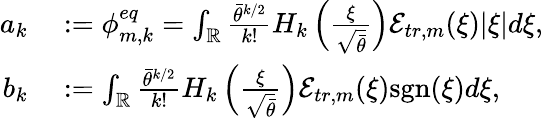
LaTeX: \begin{array}{rl}{a_{k}}&{{}:=\phi_{m,k}^{eq}=\int_{\mathbb{R}}\frac{\bar{\theta}^{k/2}}{k!}H_{k}\left(\frac{\xi}{\sqrt{\bar{\theta}}}\right)\mathcal{E}_{tr,m}(\xi)|\xi|d\xi,}\\ {b_{k}}&{{}:=\int_{\mathbb{R}}\frac{\bar{\theta}^{k/2}}{k!}H_{k}\left(\frac{\xi}{\sqrt{\bar{\theta}}}\right)\mathcal{E}_{tr,m}(\xi)\mathrm{sgn}(\xi)d\xi,}\end{array}